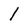
Character: 1